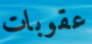
عقوبات